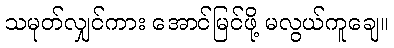
သမုတ်လျှင်ကား အောင်မြင်ဖို့ မလွယ်ကူချေ။